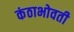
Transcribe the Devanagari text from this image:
कंठाभोवती